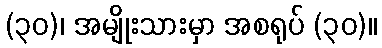
(၃၀)၊ အမျိုးသားမှာ အစရုပ် (၃၀)။